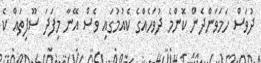
ދުވަސް ހަމަވަންދެން ކޮންމެ ދުވަހެއްގެ ކެއުމުގައި ވެސް އޭނާ މިފަދަ ސޫފިތައް ކެ